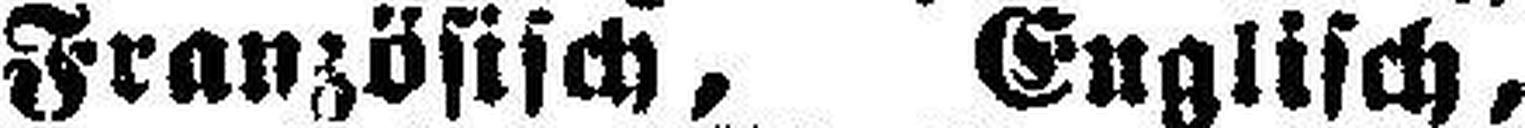
Französisch, Englisch,